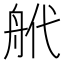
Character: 𦨮